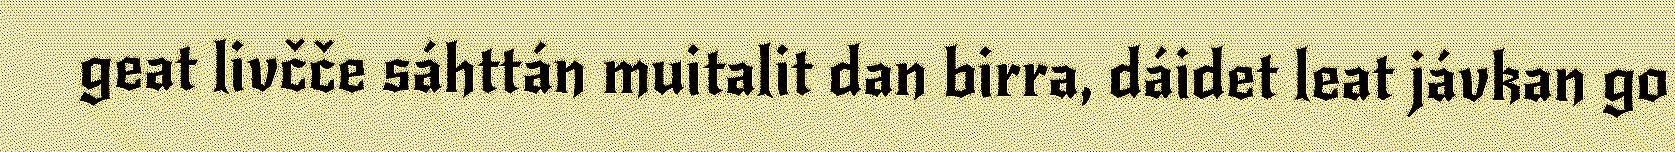
geat livčče sáhttán muitalit dan birra, dáidet leat jávkan go